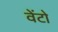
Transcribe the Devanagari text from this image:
वेंटो